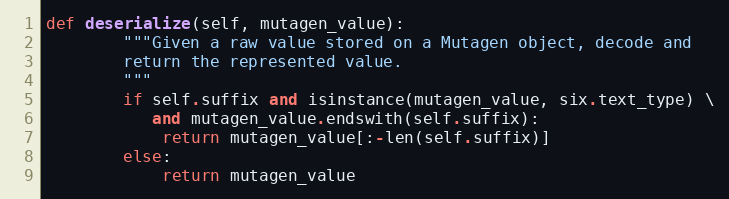
Language: Python
def deserialize(self, mutagen_value):
        """Given a raw value stored on a Mutagen object, decode and
        return the represented value.
        """
        if self.suffix and isinstance(mutagen_value, six.text_type) \
           and mutagen_value.endswith(self.suffix):
            return mutagen_value[:-len(self.suffix)]
        else:
            return mutagen_value